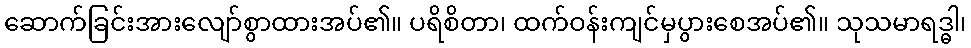
ဆောက်ခြင်းအားလျော်စွာထားအပ်၏။ ပရိစိတာ၊ ထက်ဝန်းကျင်မှပွားစေအပ်၏။ သုသမာရဒ္ဓါ၊